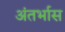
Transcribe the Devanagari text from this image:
अंतर्भास